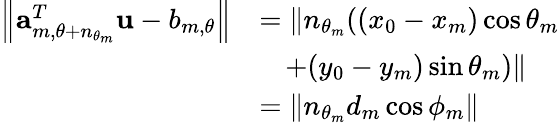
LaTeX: \begin{array}{rl}{\left\| \mathbf{a}_{m,\theta+n_{\theta_{m}}}^{T}\mathbf{u}-b_{m,\theta}\right\| }&{=\left\| n_{\theta_{m}}((x_{0}-x_{m})\cos\theta_{m}\right.}\\ &{~~~\left.+(y_{0}-y_{m})\sin\theta_{m})\right\| }\\ &{=\left\| n_{\theta_{m}}d_{m}\cos\phi_{m}\right\| }\end{array}